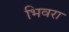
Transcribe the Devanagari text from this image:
भिवरा